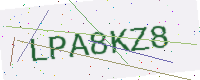
Text: LPA8KZ8